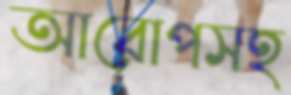
আরোপসহ